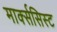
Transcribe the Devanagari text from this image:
मार्क्‍ससिस्‍ट